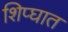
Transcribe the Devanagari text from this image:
शिप्घात